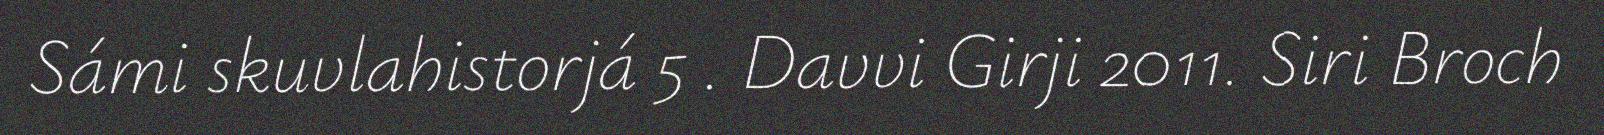
Sámi skuvlahistorjá 5 . Davvi Girji 2011. Siri Broch